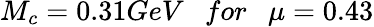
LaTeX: M_{c}=0.31GeV~~~for~~~\mu=0.43